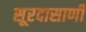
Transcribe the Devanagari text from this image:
सूरदासाणी